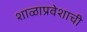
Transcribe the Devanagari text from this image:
शाळाप्रवेशाची